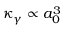
\kappa _ { \gamma } \propto a _ { 0 } ^ { 3 }